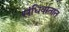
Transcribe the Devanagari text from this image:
संधिवातात